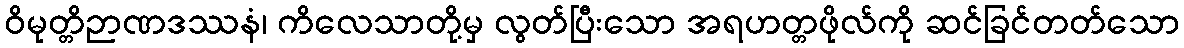
ဝိမုတ္တိဉာဏဒဿနံ၊ ကိလေသာတို့မှ လွတ်ပြီးသော အရဟတ္တဖိုလ်ကို ဆင်ခြင်တတ်သော